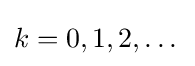
k=0,1,2,\dots